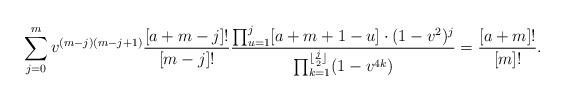
LaTeX: \begin{align*}\sum_{j=0}^m v^{(m-j)(m-j+1)} \frac{[a+m-j]!}{[m-j]!} \frac{\prod_{u=1}^j [a+m+1-u] \cdot (1 -v^2)^j}{\prod_{k=1}^{\lfloor \frac{j}2\rfloor}(1-v^{4k})} = \frac{[a+m]!}{[m]!}.\end{align*}